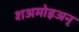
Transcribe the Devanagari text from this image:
शअमोइअन्